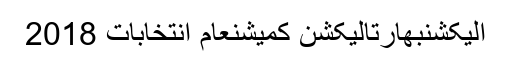
الیکشنبھارتالیکشن کمیشنعام انتخابات 2018